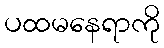
ပထမနေရာကို